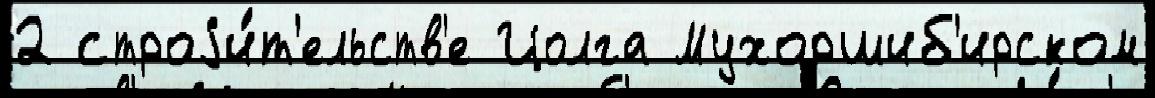
2 строjи́т'ельств'е Цолга Мухоршиб'ирском